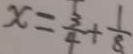
x = \frac { 3 } { 4 } + \frac { 1 } { 8 }